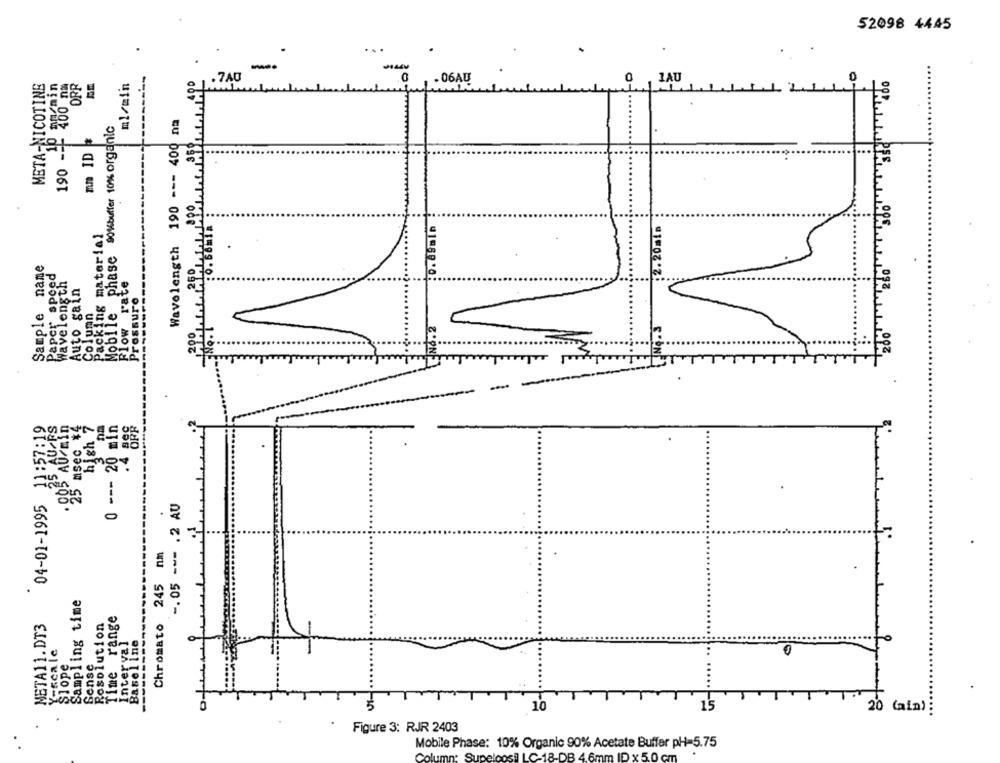
52098 4445
.
...
.
--------
META-NICOTINE
nn/min
ml/min
. 7A0
.06AU
400 nm
0 1AU
Mobile phase 90%buffer 10% organic
Wavelength 190 --- 400 na
willie
190 ---
mm ID
10
.20ml a
Packing material
name
Paper spoed
260
Wavelength
Auto gain
Flow rate
Pressure
Sample
Column
200
"200"
---
04-01-1995 11:57:19
25 AU FS
'25 msec *4
high 7
0 --- 20 min
-. 05 --- . 2 AU
n.m
Sampling time
Time range
------------
META11.DT3
Resolution
Chromato
Interval
Baseline
Y-scale
Slope
Sense
10
1'5
20 (ain) :
Figure 3: RJR 2403
Mobile Phase: 10% Organic 90% Acetate Buffer pH=5.75
Col
loosil LC-18-DB 4.6mm ID x 5.0 cm